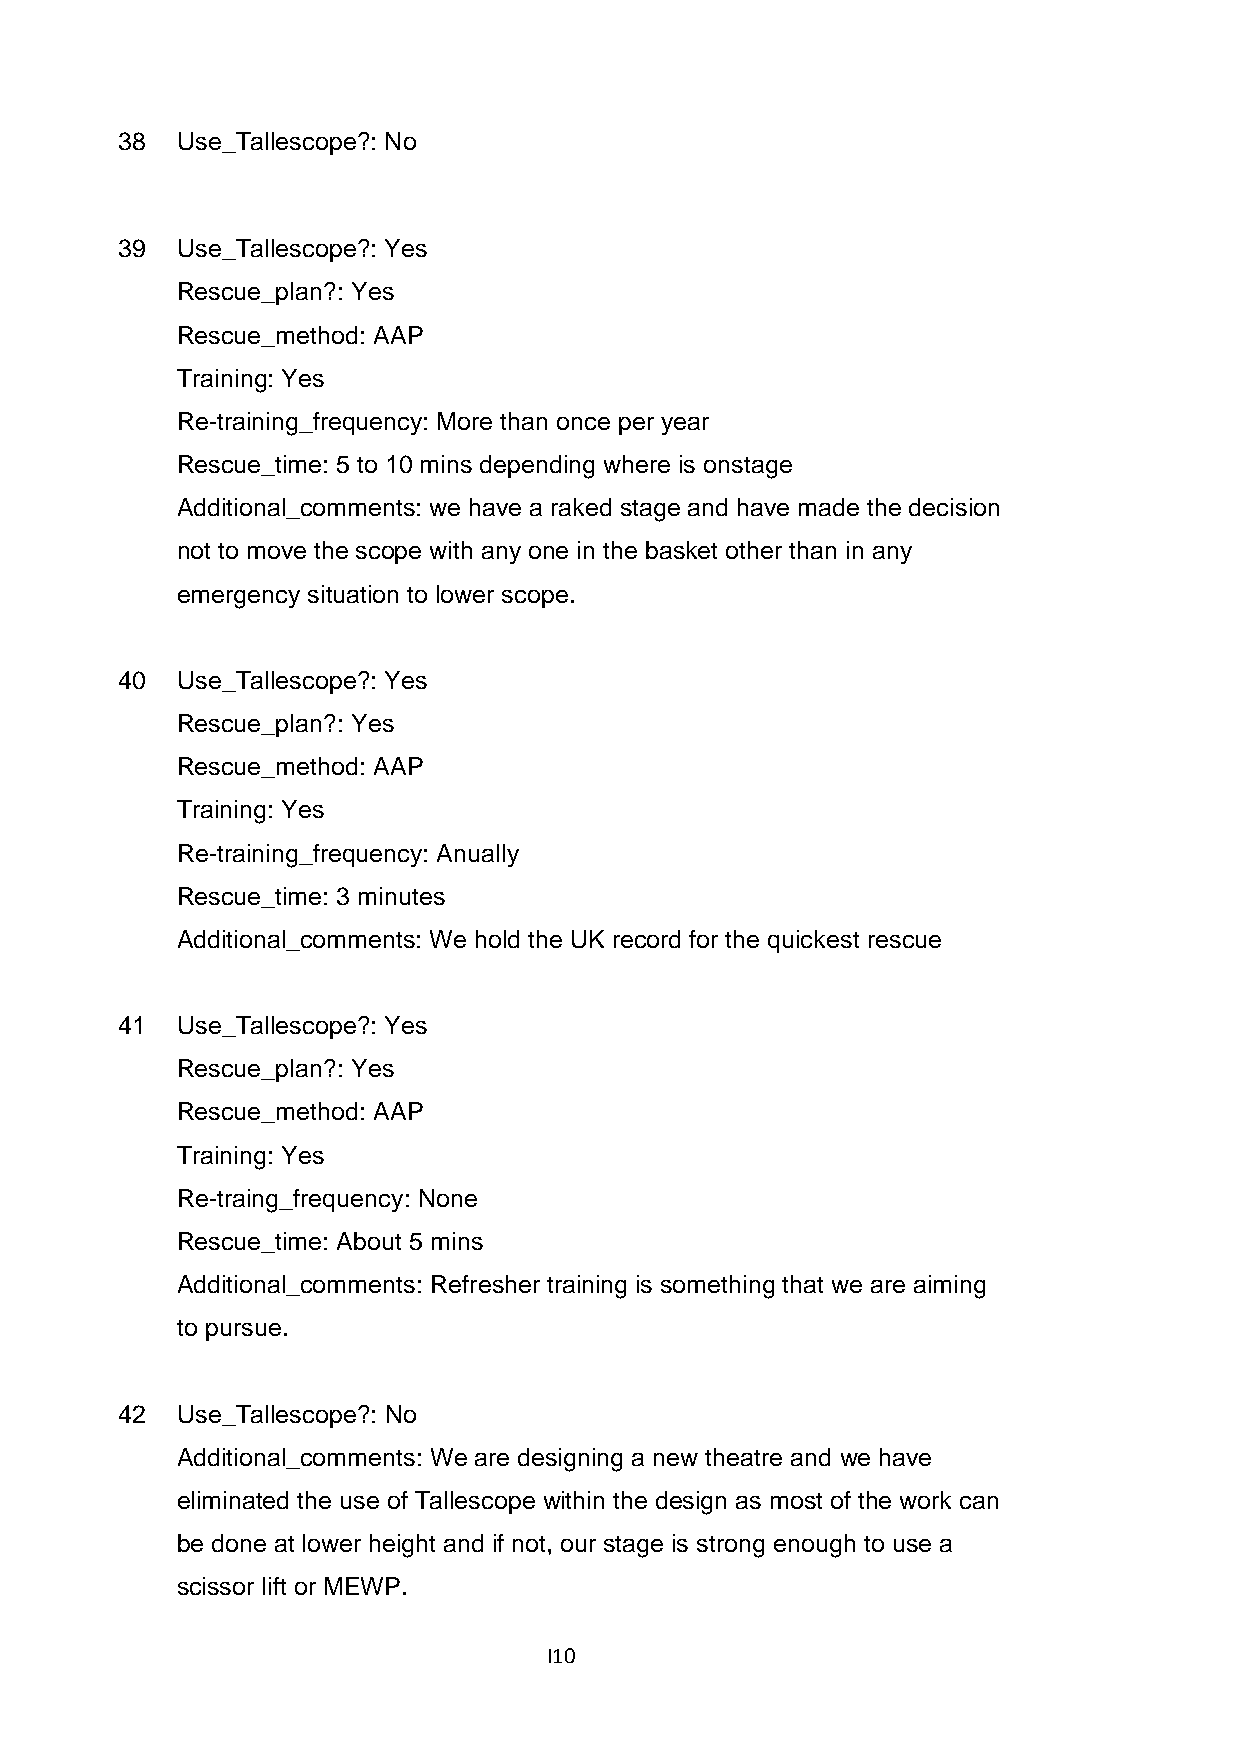
38  Use_Tallescope?: No
 39  Use_Tallescope?: Yes
 Rescue_plan?: Yes
 Rescue_method: AAP
 Training: Yes
 Re-training_frequency: More than once per year
 Rescue_time: 5 to 10 mins depending where is onstage
 Additional_comments: we have a raked stage and have made the decision
 not to move the scope with any one in the basket other than in any
 emergency situation to lower scope.
 40  Use_Tallescope?: Yes
 Rescue_plan?: Yes
 Rescue_method: AAP
 Training: Yes
 Re-training_frequency: Anually
 Rescue_time: 3 minutes
 Additional_comments: We hold the UK record for the quickest rescue
 41  Use_Tallescope?: Yes
 Rescue_plan?: Yes
 Rescue_method: AAP
 Training: Yes
 Re-traing_frequency: None
 Rescue_time: About 5 mins
 Additional_comments: Refresher training is something that we are aiming
 to pursue.
 42  Use_Tallescope?: No
 Additional_comments: We are designing a new theatre and we have
 eliminated the use of Tallescope within the design as most of the work can
 be done at lower height and if not, our stage is strong enough to use a
 scissor lift or MEWP.
 I10